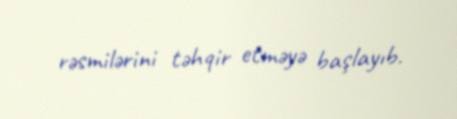
rəsmilərini təhqir etməyə başlayıb.